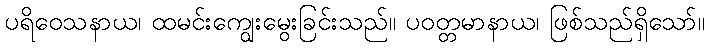
ပရိဝေသနာယ၊ ထမင်းကျွေးမွေးခြင်းသည်။ ပဝတ္တမာနာယ၊ ဖြစ်သည်ရှိသော်။